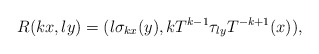
\begin{align*}R(kx,ly)= (l\sigma_{kx}(y),k T^{k-1}\tau_{ly}T^{-k+1}(x)),\end{align*}